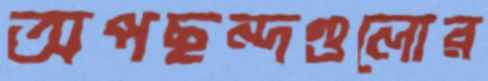
অপছন্দগুলোর